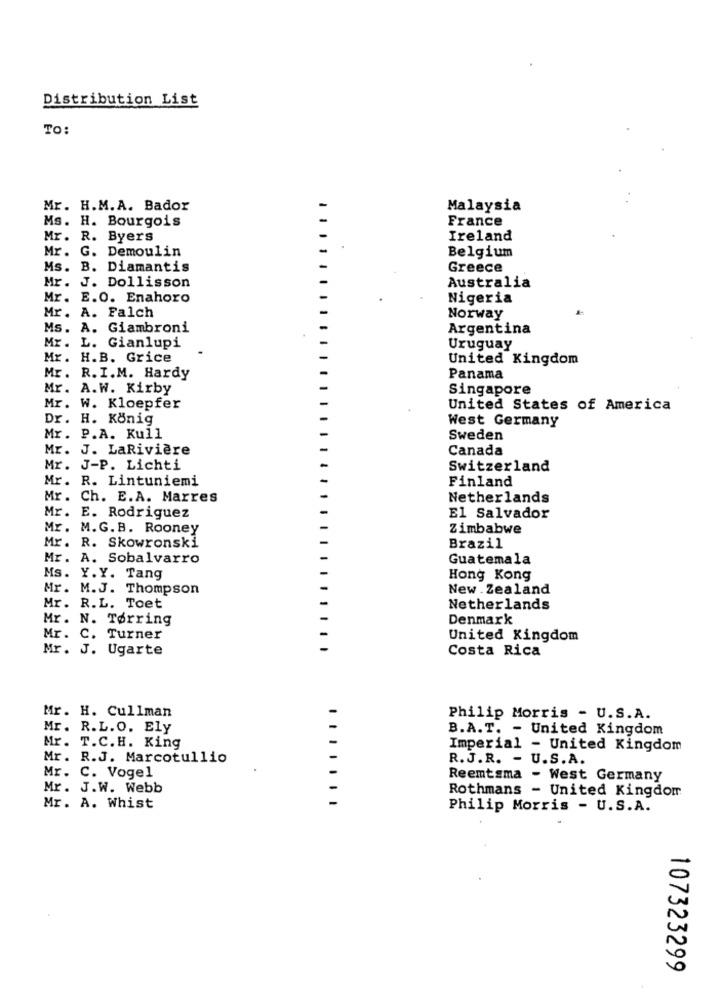
Distribution List
TO:
Mr. H.M.A. Bador
Malaysia
Ms. H. Bourgois
France
Mr. R. Byers
Ireland
Mr. G. Demoulin
Belgium
Ms. B. Diamantis
Greece
Mr. J. Dollisson
Australia
Mr. E.O. Enahoro
Nigeria
Mr. A. Falch
Norway
Ms. A. Giambroni
Argentina
Mr. L. Gianlupi
Uruguay
Mr. H.B. Grice
United Kingdom
Mr. R.I.M. Hardy
Panama
Mr. A.W. Kirby
Singapore
Mr. W. Kloepfer
United States of America
Dr. H. König
West Germany
Mr. P.A. Kull
Sweden
Mr. J. LaRivière
Canada
Mr. J-P. Lichti
Switzerland
Finland
Mr. R. Lintuniemi
Mr. Ch. E.A. Marres
Netherlands
Mr. E. Rodriguez
El Salvador
Mr. M.G. B. Rooney
Zimbabwe
Mr. R. Skowronski
Brazil
Mr. A. Sobalvarro
Guatemala
Ms. Y. Y. Tang
Hong Kong
Mr. M.J. Thompson
New . Zealand
Mr. R.L. Toet
Netherlands
Mr. N. Tørring
Denmark
Mr. C. Turner
United Kingdom
Mr. J. Ugarte
Costa Rica
Mr. H. Cullman
Philip Morris - U.S.A.
Mr. R.L.O. Ely
B.A.T. - United Kingdom
Mr. T.C.H. King
Imperial - United Kingdom
Mr. R.J. Marcotullio
-
R.J.R. - U.S.A.
Mr. C. Vogel
Reemtsma - West Germany
Mr. J.W. Webb
Rothmans - United Kingdom
Mr. A. Whist
Philip Morris - U.S.A.
107323299